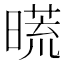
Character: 𣊀